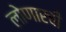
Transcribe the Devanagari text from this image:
लोणारची